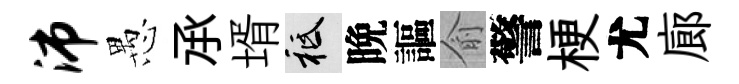
沛愚𠄘壻祇晩謳俞警梗尤廊